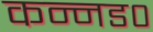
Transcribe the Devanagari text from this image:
कन्नड०